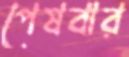
পেষবার